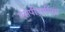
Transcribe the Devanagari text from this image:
एसपीएसीएस